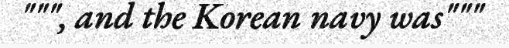
""", and the Korean navy was"""